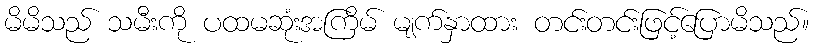
မိမိသည် သမီးကို ပထမဆုံးအကြိမ် မျက်နှာထား တင်းတင်းဖြင့်ပြောမိသည်။